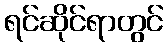
ရင်ဆိုင်ရာတွင်